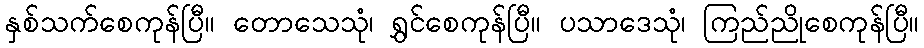
နှစ်သက်စေကုန်ပြီ။ တောသေသုံ၊ ရွှင်စေကုန်ပြီ။ ပသာဒေသုံ၊ ကြည်ညိုစေကုန်ပြီ။